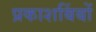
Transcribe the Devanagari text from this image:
प्रकाशबिंबों